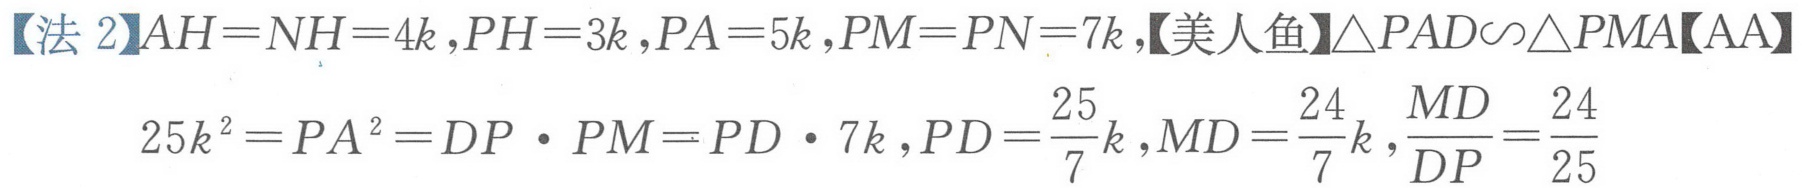
【法2】\(AH = NH = 4k,PH = 3k,PA = 5k,PM = PN = 7k,\)【美人鱼】\(\triangle PAD\sim\triangle PMA\)【AA】
\(25k^{2}=PA^{2}=DP\cdot PM = PD\cdot 7k,PD=\dfrac{25}{7}k,MD=\dfrac{24}{7}k,\dfrac{MD}{DP}=\dfrac{24}{25}\)